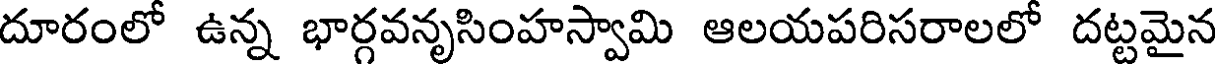
దూరంలో ఉన్న భార్గవనృసింహస్వామి ఆలయపరిసరాలలో దట్టమైన